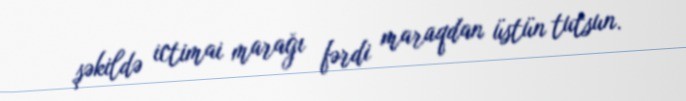
şəkildə ictimai marağı fərdi maraqdan üstün tutsun.